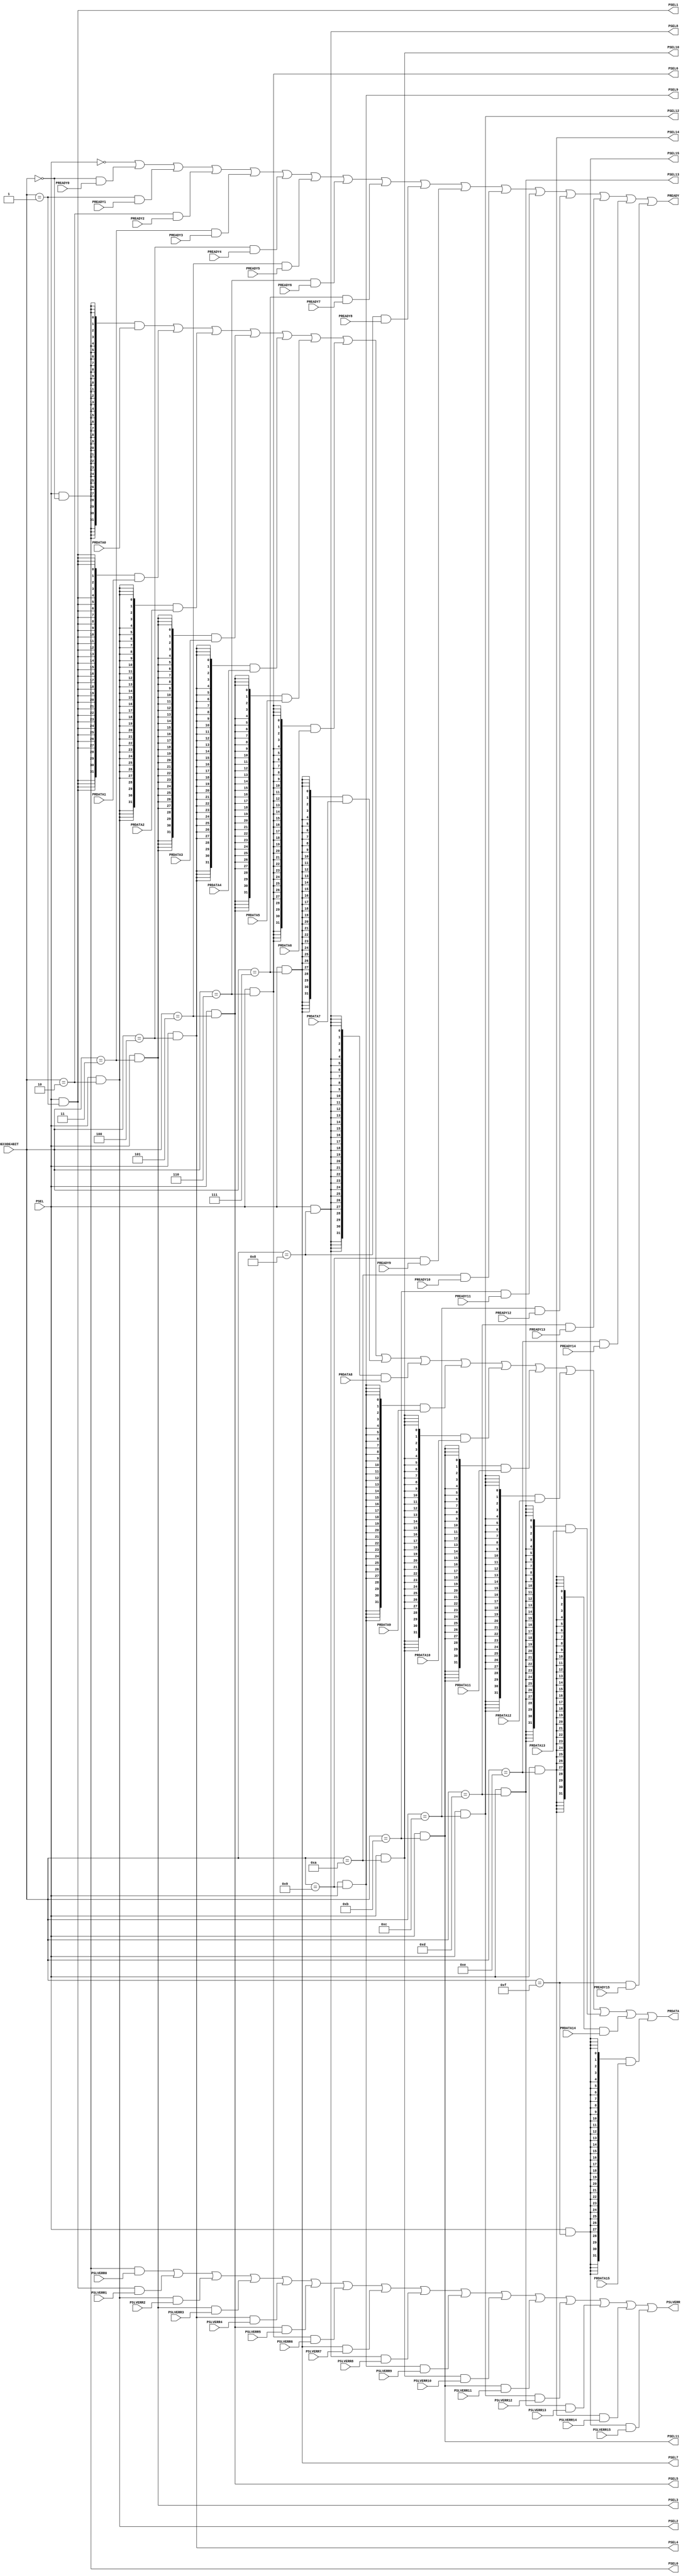
//-----------------------------------------------------------------------------
// The confidential and proprietary information contained in this file may
// only be used by a person authorised under and to the extent permitted
// by a subsisting licensing agreement from ARM Limited.
//
//            (C) COPYRIGHT 2010-2013 ARM Limited.
//                ALL RIGHTS RESERVED
//
// This entire notice must be reproduced on all copies of this file
// and copies of this file may only be made by a person if such person is
// permitted to do so under the terms of a subsisting license agreement
// from ARM Limited.
//
//      SVN Information
//
//      Checked In          : $Date: 2013-04-15 17:00:07 +0100 (Mon, 15 Apr 2013) $
//
//      Revision            : $Revision: 244029 $
//
//      Release Information : Cortex-M System Design Kit-r1p0-00rel0
//
//-----------------------------------------------------------------------------
//-----------------------------------------------------------------------------
// Abstract : APB slave multiplex
//-----------------------------------------------------------------------------
module cmsdk_apb_slave_mux #(
  // Parameters to enable/disable ports
  parameter PORT0_ENABLE  = 1,
  parameter PORT1_ENABLE  = 1,
  parameter PORT2_ENABLE  = 1,
  parameter PORT3_ENABLE  = 1,
  parameter PORT4_ENABLE  = 1,
  parameter PORT5_ENABLE  = 1,
  parameter PORT6_ENABLE  = 1,
  parameter PORT7_ENABLE  = 1,
  parameter PORT8_ENABLE  = 1,
  parameter PORT9_ENABLE  = 1,
  parameter PORT10_ENABLE = 1,
  parameter PORT11_ENABLE = 1,
  parameter PORT12_ENABLE = 1,
  parameter PORT13_ENABLE = 1,
  parameter PORT14_ENABLE = 1,
  parameter PORT15_ENABLE = 1)
 (
// --------------------------------------------------------------------------
// Port Definitions
// --------------------------------------------------------------------------
  input  wire  [3:0]  DECODE4BIT,
  input  wire         PSEL,

  output wire         PSEL0,
  input  wire         PREADY0,
  input  wire [31:0]  PRDATA0,
  input  wire         PSLVERR0,

  output wire         PSEL1,
  input  wire         PREADY1,
  input  wire [31:0]  PRDATA1,
  input  wire         PSLVERR1,

  output wire         PSEL2,
  input  wire         PREADY2,
  input  wire [31:0]  PRDATA2,
  input  wire         PSLVERR2,

  output wire         PSEL3,
  input  wire         PREADY3,
  input  wire [31:0]  PRDATA3,
  input  wire         PSLVERR3,

  output wire         PSEL4,
  input  wire         PREADY4,
  input  wire [31:0]  PRDATA4,
  input  wire         PSLVERR4,

  output wire         PSEL5,
  input  wire         PREADY5,
  input  wire [31:0]  PRDATA5,
  input  wire         PSLVERR5,

  output wire         PSEL6,
  input  wire         PREADY6,
  input  wire [31:0]  PRDATA6,
  input  wire         PSLVERR6,

  output wire         PSEL7,
  input  wire         PREADY7,
  input  wire [31:0]  PRDATA7,
  input  wire         PSLVERR7,

  output wire         PSEL8,
  input  wire         PREADY8,
  input  wire [31:0]  PRDATA8,
  input  wire         PSLVERR8,

  output wire         PSEL9,
  input  wire         PREADY9,
  input  wire [31:0]  PRDATA9,
  input  wire         PSLVERR9,

  output wire         PSEL10,
  input  wire         PREADY10,
  input  wire [31:0]  PRDATA10,
  input  wire         PSLVERR10,

  output wire         PSEL11,
  input  wire         PREADY11,
  input  wire [31:0]  PRDATA11,
  input  wire         PSLVERR11,

  output wire         PSEL12,
  input  wire         PREADY12,
  input  wire [31:0]  PRDATA12,
  input  wire         PSLVERR12,

  output wire         PSEL13,
  input  wire         PREADY13,
  input  wire [31:0]  PRDATA13,
  input  wire         PSLVERR13,

  output wire         PSEL14,
  input  wire         PREADY14,
  input  wire [31:0]  PRDATA14,
  input  wire         PSLVERR14,

  output wire         PSEL15,
  input  wire         PREADY15,
  input  wire [31:0]  PRDATA15,
  input  wire         PSLVERR15,

  output wire         PREADY,
  output wire [31:0]  PRDATA,
  output wire         PSLVERR);

  // --------------------------------------------------------------------------
  // Start of main code
  // --------------------------------------------------------------------------

  wire [15:0] en  = { (PORT15_ENABLE == 1), (PORT14_ENABLE == 1),
                      (PORT13_ENABLE == 1), (PORT12_ENABLE == 1),
                      (PORT11_ENABLE == 1), (PORT10_ENABLE == 1),
                      (PORT9_ENABLE  == 1), (PORT8_ENABLE  == 1),
                      (PORT7_ENABLE  == 1), (PORT6_ENABLE  == 1),
                      (PORT5_ENABLE  == 1), (PORT4_ENABLE  == 1),
                      (PORT3_ENABLE  == 1), (PORT2_ENABLE  == 1),
                      (PORT1_ENABLE  == 1), (PORT0_ENABLE  == 1) };

  wire [15:0] dec = { (DECODE4BIT == 4'd15), (DECODE4BIT == 4'd14),
                      (DECODE4BIT == 4'd13), (DECODE4BIT == 4'd12),
                      (DECODE4BIT == 4'd11), (DECODE4BIT == 4'd10),
                      (DECODE4BIT == 4'd9 ), (DECODE4BIT == 4'd8 ),
                      (DECODE4BIT == 4'd7 ), (DECODE4BIT == 4'd6 ),
                      (DECODE4BIT == 4'd5 ), (DECODE4BIT == 4'd4 ),
                      (DECODE4BIT == 4'd3 ), (DECODE4BIT == 4'd2 ),
                      (DECODE4BIT == 4'd1 ), (DECODE4BIT == 4'd0 ) };

  assign PSEL0   = PSEL & dec[ 0] & en[ 0];
  assign PSEL1   = PSEL & dec[ 1] & en[ 1];
  assign PSEL2   = PSEL & dec[ 2] & en[ 2];
  assign PSEL3   = PSEL & dec[ 3] & en[ 3];
  assign PSEL4   = PSEL & dec[ 4] & en[ 4];
  assign PSEL5   = PSEL & dec[ 5] & en[ 5];
  assign PSEL6   = PSEL & dec[ 6] & en[ 6];
  assign PSEL7   = PSEL & dec[ 7] & en[ 7];
  assign PSEL8   = PSEL & dec[ 8] & en[ 8];
  assign PSEL9   = PSEL & dec[ 9] & en[ 9];
  assign PSEL10  = PSEL & dec[10] & en[10];
  assign PSEL11  = PSEL & dec[11] & en[11];
  assign PSEL12  = PSEL & dec[12] & en[12];
  assign PSEL13  = PSEL & dec[13] & en[13];
  assign PSEL14  = PSEL & dec[14] & en[14];
  assign PSEL15  = PSEL & dec[15] & en[15];

  assign PREADY  = ~PSEL |
                   ( dec[ 0]  & (PREADY0  | ~en[ 0]) ) |
                   ( dec[ 1]  & (PREADY1  | ~en[ 1]) ) |
                   ( dec[ 2]  & (PREADY2  | ~en[ 2]) ) |
                   ( dec[ 3]  & (PREADY3  | ~en[ 3]) ) |
                   ( dec[ 4]  & (PREADY4  | ~en[ 4]) ) |
                   ( dec[ 5]  & (PREADY5  | ~en[ 5]) ) |
                   ( dec[ 6]  & (PREADY6  | ~en[ 6]) ) |
                   ( dec[ 7]  & (PREADY7  | ~en[ 7]) ) |
                   ( dec[ 8]  & (PREADY8  | ~en[ 8]) ) |
                   ( dec[ 9]  & (PREADY9  | ~en[ 9]) ) |
                   ( dec[10]  & (PREADY10 | ~en[10]) ) |
                   ( dec[11]  & (PREADY11 | ~en[11]) ) |
                   ( dec[12]  & (PREADY12 | ~en[12]) ) |
                   ( dec[13]  & (PREADY13 | ~en[13]) ) |
                   ( dec[14]  & (PREADY14 | ~en[14]) ) |
                   ( dec[15]  & (PREADY15 | ~en[15]) );

  assign PSLVERR = ( PSEL0  & PSLVERR0  ) |
                   ( PSEL1  & PSLVERR1  ) |
                   ( PSEL2  & PSLVERR2  ) |
                   ( PSEL3  & PSLVERR3  ) |
                   ( PSEL4  & PSLVERR4  ) |
                   ( PSEL5  & PSLVERR5  ) |
                   ( PSEL6  & PSLVERR6  ) |
                   ( PSEL7  & PSLVERR7  ) |
                   ( PSEL8  & PSLVERR8  ) |
                   ( PSEL9  & PSLVERR9  ) |
                   ( PSEL10 & PSLVERR10 ) |
                   ( PSEL11 & PSLVERR11 ) |
                   ( PSEL12 & PSLVERR12 ) |
                   ( PSEL13 & PSLVERR13 ) |
                   ( PSEL14 & PSLVERR14 ) |
                   ( PSEL15 & PSLVERR15 );

  assign PRDATA  = ( {32{PSEL0 }} & PRDATA0  ) |
                   ( {32{PSEL1 }} & PRDATA1  ) |
                   ( {32{PSEL2 }} & PRDATA2  ) |
                   ( {32{PSEL3 }} & PRDATA3  ) |
                   ( {32{PSEL4 }} & PRDATA4  ) |
                   ( {32{PSEL5 }} & PRDATA5  ) |
                   ( {32{PSEL6 }} & PRDATA6  ) |
                   ( {32{PSEL7 }} & PRDATA7  ) |
                   ( {32{PSEL8 }} & PRDATA8  ) |
                   ( {32{PSEL9 }} & PRDATA9  ) |
                   ( {32{PSEL10}} & PRDATA10 ) |
                   ( {32{PSEL11}} & PRDATA11 ) |
                   ( {32{PSEL12}} & PRDATA12 ) |
                   ( {32{PSEL13}} & PRDATA13 ) |
                   ( {32{PSEL14}} & PRDATA14 ) |
                   ( {32{PSEL15}} & PRDATA15 );

endmodule